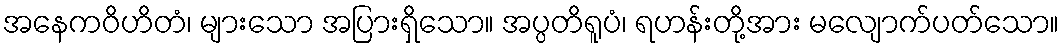
အနေကဝိဟိတံ၊ များသော အပြားရှိသော။ အပ္ပတိရူပံ၊ ရဟန်းတို့အား မလျောက်ပတ်သော။